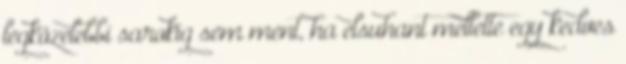
legközelebbi sarokig sem ment, ha elsuhant mellette egy kedves